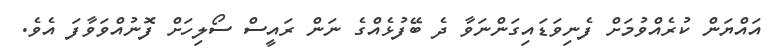
އައްޔަން ކުރެއްވުމަށް ފެނިވަޑައިގަންނަވާ ދެ ބޭފުޅެއްގެ ނަން ރައީސް ސޯލިހަށް ފޮނުއްވަވާފަ އެވެ.